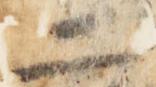
二